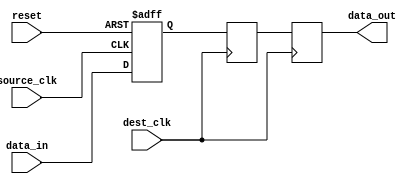
module two_flop_synchronizer(
    input wire source_clk,
    input wire dest_clk,
    input wire reset,
    input wire data_in,
    output reg data_out
);

reg flop1_q, flop2_q;

always @(posedge source_clk or posedge reset) begin
    if (reset) begin
        flop1_q <= 1'b0;
    end else begin
        flop1_q <= data_in;
    end
end

always @(posedge dest_clk) begin
    flop2_q <= flop1_q;
    data_out <= flop2_q;
end

endmodule